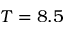
T = 8 . 5